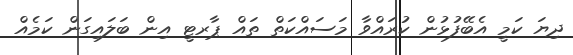
ދިޔަ ކަމީ އެބޭފުޅުން ކުރައްވާ މަސައްކަތް ތައް ޕާރޓީ އިން ބަލައިގަން ކަމެއް